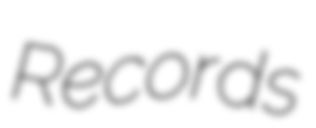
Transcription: Records